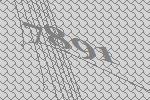
7891